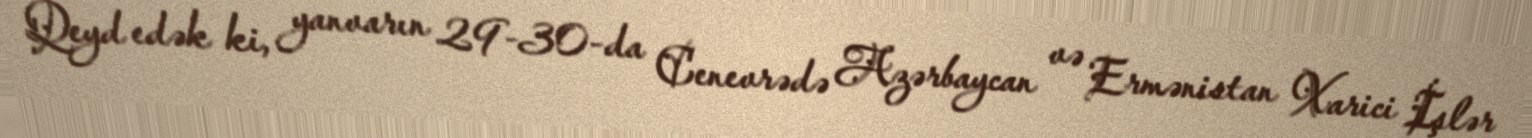
Qeyd edək ki, yanvarın 29-30-da Cenevrədə Azərbaycan və Ermənistan Xarici İşlər